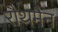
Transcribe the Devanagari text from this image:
रौथमैन